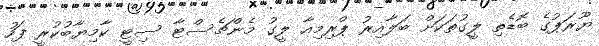
ޔޫރަޕުގެ ބޮޑެތި ލީގުތަކަށް ބަލާއިރު ޕްރިމިއާ ލީގު މެންޗެސްޓާ ސިޓީ ކާމިޔާބުކުރީ ފަހު